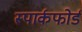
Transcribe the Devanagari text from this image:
स्पार्कफोर्ड